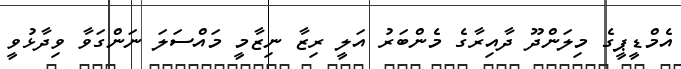
އެމްޑީޕީގެ މިލަންދޫ ދާއިރާގެ މެންބަރު އަލީ ރިޒާ ނިޒާމީ މައްސަލަ ނަންގަވާ ވިދާޅުވީ